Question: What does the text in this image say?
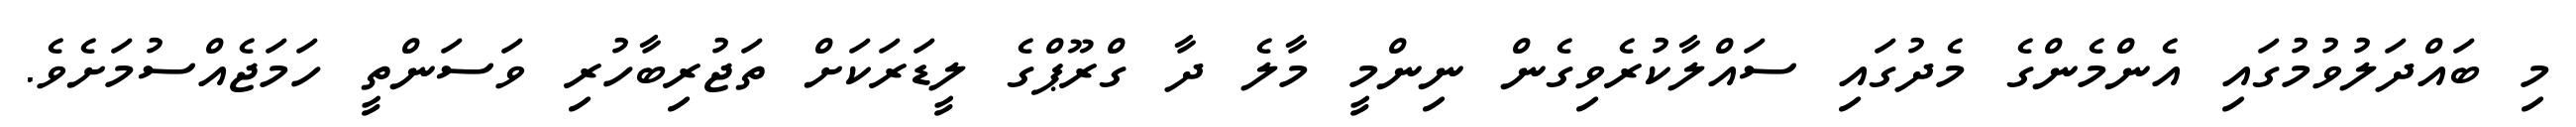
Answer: މި ބައްދަލުވުމުގައި އެންމެންގެ މެދުގައި ސައްލާކުރެވިގެން ނިންމީ މާލެ ދާ ގްރޫޕްގެ ލީޑަރަކަށް ތަޖުރިބާހުރި ވަސަންތީ ހަމަޖެއްސުމަށެވެ.